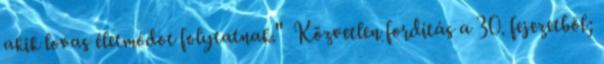
akik lovas életmódot folytatnak." Közvetlen fordítás a 30. fejezetből;